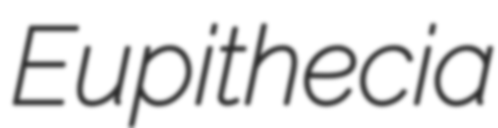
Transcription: Eupithecia